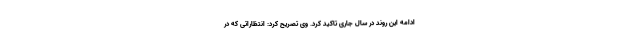
ادامه این روند در سال جاری تاکید کرد. وی تصریح کرد: انتظاراتی که در